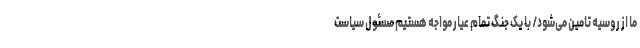
ما از روسیه تامین می‌شود/ با یک جنگ تمام عیار مواجه هستیم مسئول سیاست